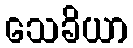
သေခိယာ